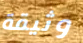
وثيقة